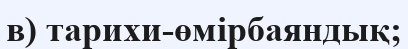
в) тарихи-өмірбаяндық;